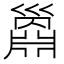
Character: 𢀅